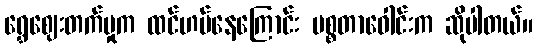
ရွှေဈေးတက်မှုက ထင်ဟပ်နေကြောင်း မစ္စတာဝေါင်းက ဆိုပါတယ်။